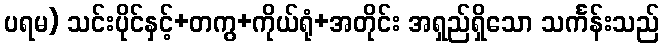
ပရမ) သင်းပိုင်နှင့်+တကွ+ကိုယ်ရုံ+အတိုင်း အရှည်ရှိသော သင်္ကန်းသည်